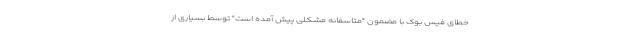
خطای فیس بوک با مضمون "متاسفانه مشکلی پیش آمده است" توسط بسیاری از